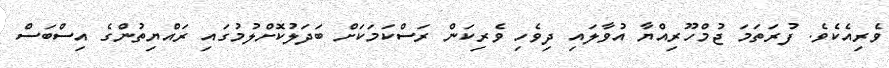
ވެރިއެކެވެ. ފުރަތަމަ ޖުމްހޫރިއްޔާ އުވާލައި ދިވެހި ވެރިކަން ރަސްކަމަކަށް ބަދަލުކޮށްލުމުގައި ރައްޔިތުންގެ އިސްބަސް